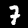
Label: 7